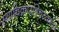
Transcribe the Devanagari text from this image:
स्यादिकारश्चित्कला